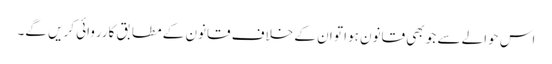
اس حوالے سے جو بھی قانون ہوا تو ان کے خلاف قانون کے مطابق کارروائی کریں گے۔